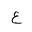
Letter: _ayn